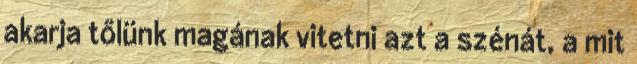
akarja tőlünk magának vitetni azt a szénát, a mit